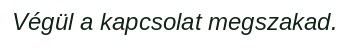
Végül a kapcsolat megszakad.